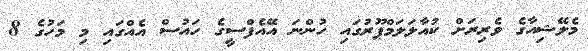
މެލޭޝިއާގެ ވެރިރަށް ކުއާލަލަމްޕޫރުގައި ހުންނަ އޭއެފްސީގެ ހައުސް އެއްގައި މި މަހުގެ 8